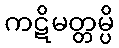
ကဋိမတ္တမ္ပိ